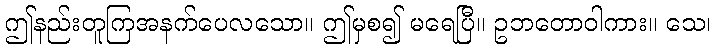
ဤနည်းတူကြအနက်ပေလသော။ ဤမှစ၍ မရေပြီ။ ဥဘတောဝါကား။ သေ၊